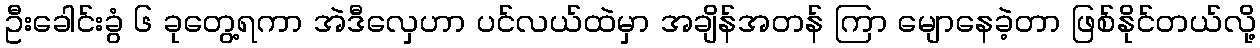
ဦးခေါင်းခွံ ၆ ခုတွေ့ရကာ အဲဒီလှေဟာ ပင်လယ်ထဲမှာ အချိန်အတန် ကြာ မျောနေခဲ့တာ ဖြစ်နိုင်တယ်လို့